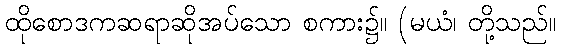
ထိုစောဒကဆရာဆိုအပ်သော စကား၌။ (မယံ၊ တို့သည်။